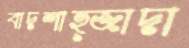
বাদশাহ্‌জাদা